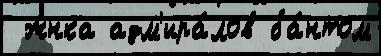
 жнка адм'ира́лов ба́нтом